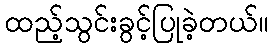
ထည့်သွင်းခွင့်ပြုခဲ့တယ်။